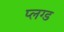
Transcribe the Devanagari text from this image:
प्लग्ड